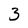
Character: 3